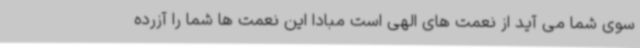
سوی شما می آید از نعمت های الهی است مبادا این نعمت ها شما را آزرده